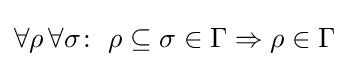
\forall \rho \,\forall \sigma \!:\ \rho \subseteq \sigma \in \Gamma \Rightarrow \rho \in \Gamma